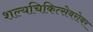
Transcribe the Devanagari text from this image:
शल्यचिकित्सेबरोबर